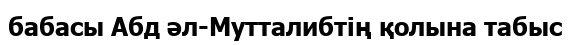
бабасы Абд әл-Мутталибтің қолына табыс